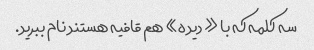
سه کلمه که با «دیده» هم قافیه هستند نام ببرید.